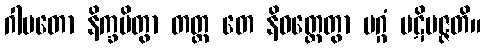
ဂါမတော နိက္ခမိတွာ တတ္ထ တေ နိဝတ္တေတွာ မဂ္ဂံ ပဋိပဇ္ဇတိ။